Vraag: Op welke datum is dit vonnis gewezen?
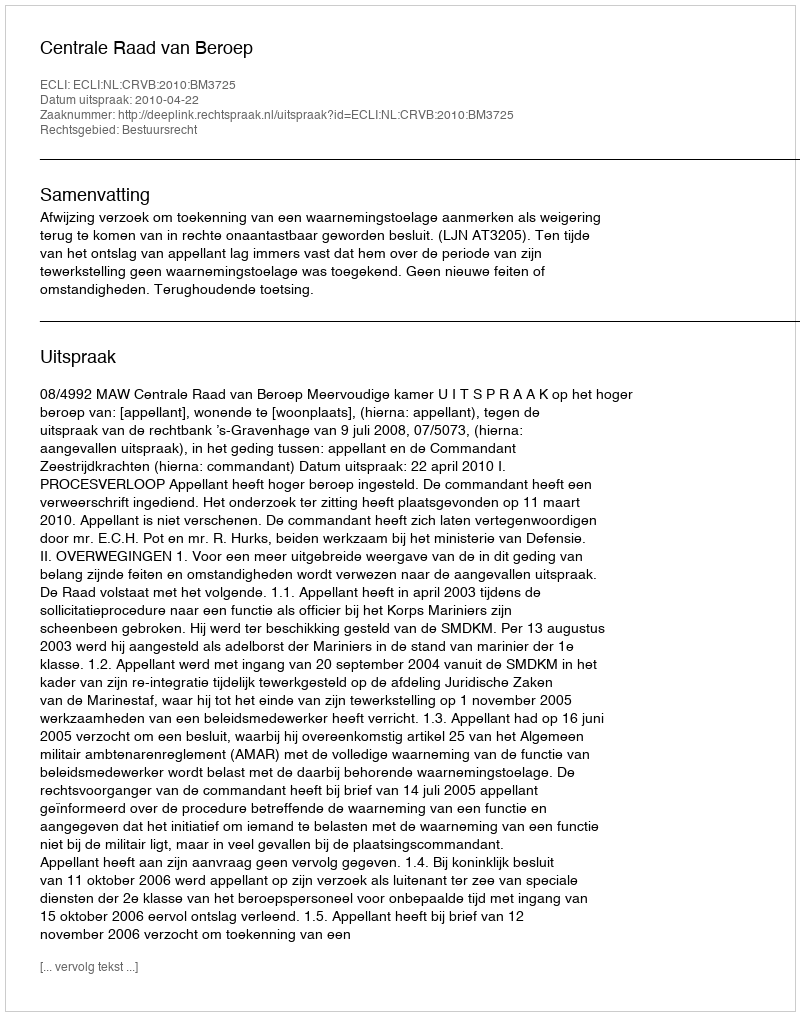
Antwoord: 2010-04-22